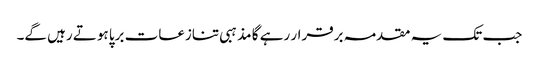
جب تک یہ مقدمہ برقرار رہے گا مذہبی تنازعات برپا ہوتے رہیں گے۔